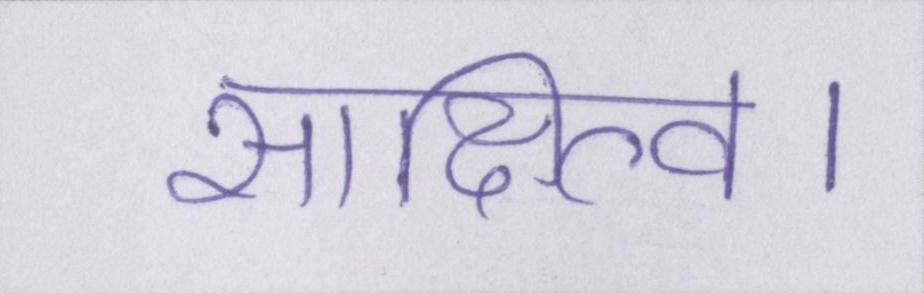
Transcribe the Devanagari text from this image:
साक्षित्व।